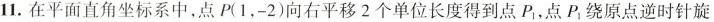
11.在平面直角坐标系中，点P(1，-2)向右平移2个单位长度得到点P_{1}，点P_{1}绕原点逆时针旋